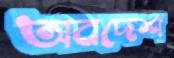
অবদেশ